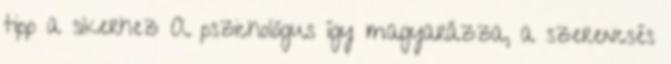
tipp a sikerhez A pszichológus így magyarázza, a szerencsés